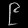
Digit: ၉